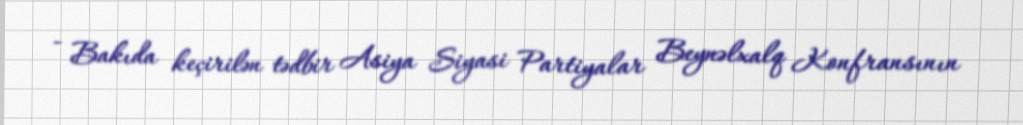
- Bakıda keçirilən tədbir Asiya Siyasi Partiyalar Beynəlxalq Konfransının